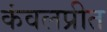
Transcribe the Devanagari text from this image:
कंवलप्रीत